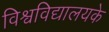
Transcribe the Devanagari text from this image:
विश्वविद्यालयके